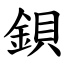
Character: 鋇